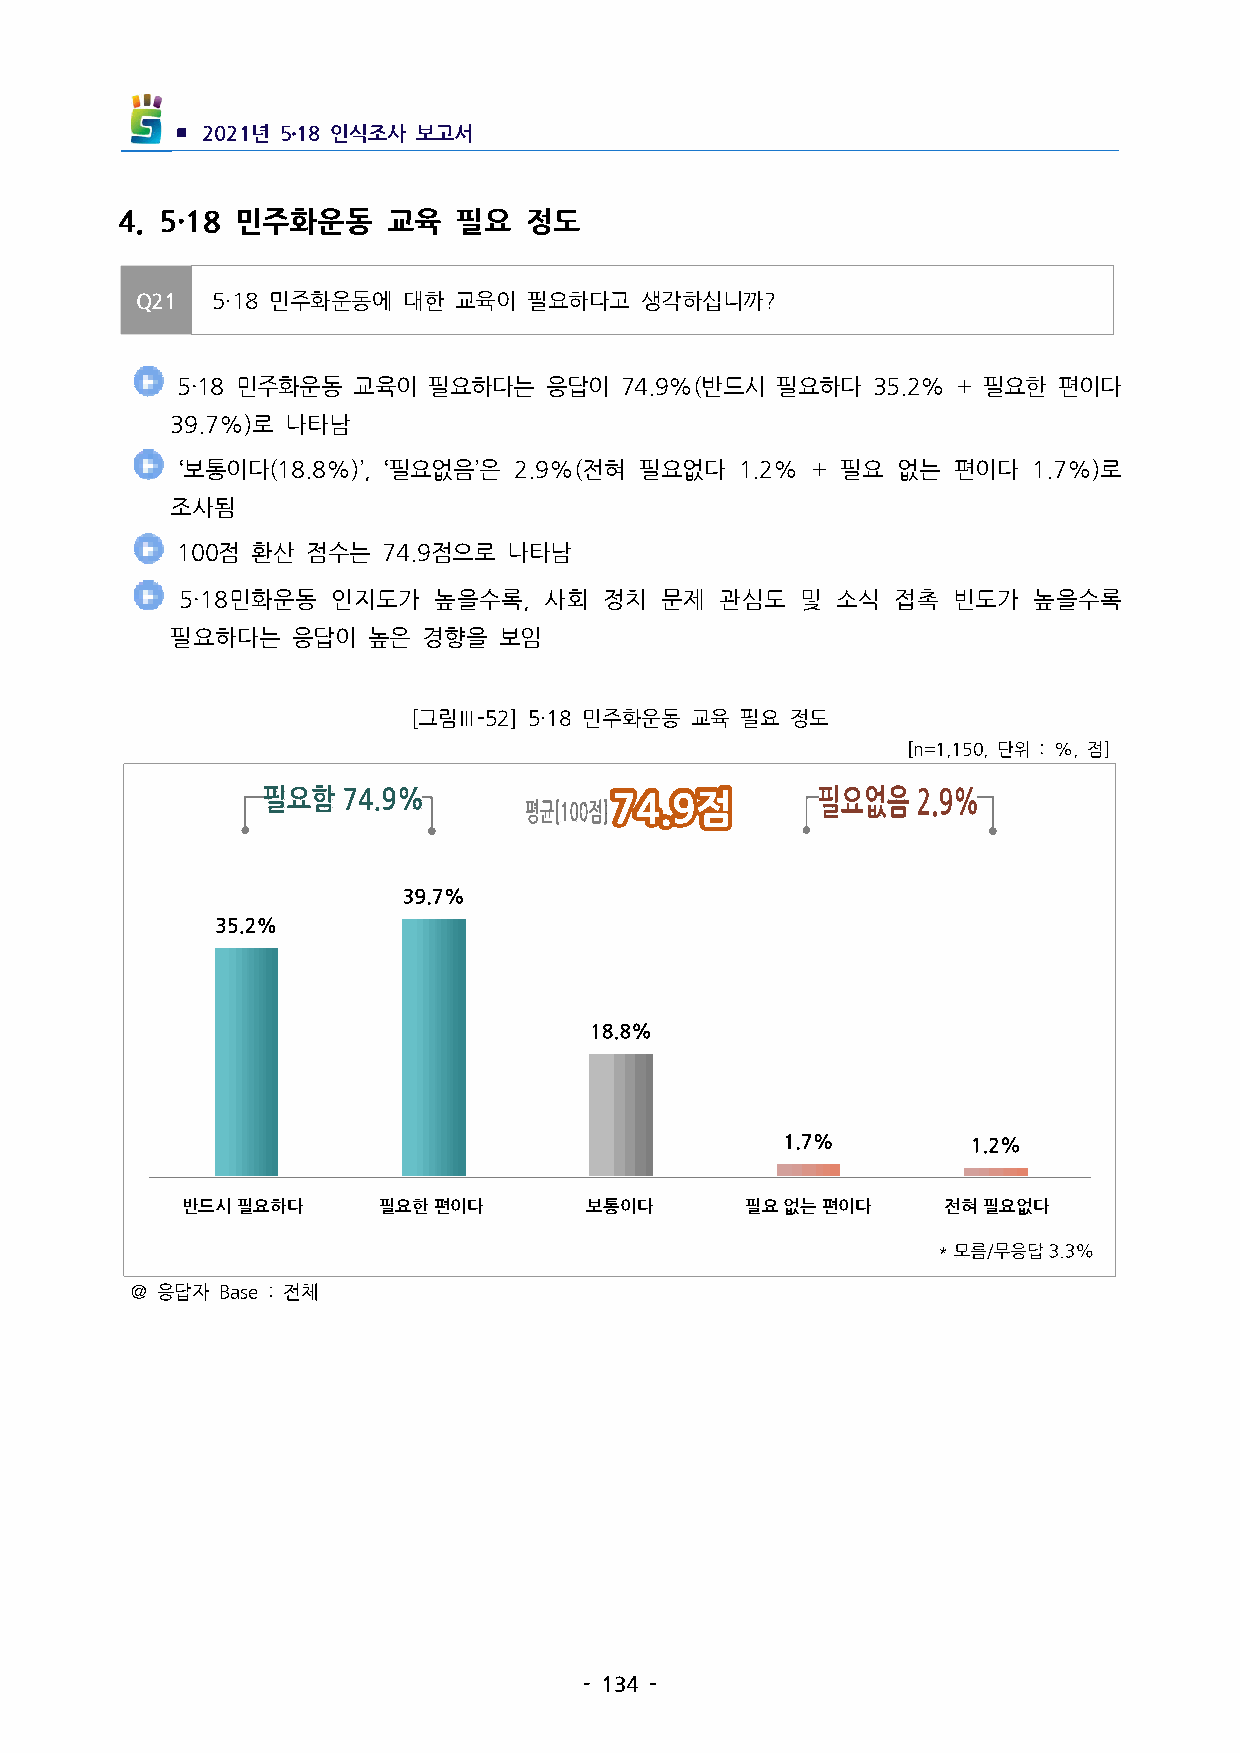
▪ 2021년 5․18인식조사 보고서
 4. 5·18 민주화운동   교육  필요   정도
 Q21  5·18민주화운동에  대한 교육이  필요하다고  생각하십니까?
 5·18민주화운동 교육이  필요하다는   응답이  74.9%(반드시 필요하다   35.2%+필요한 편이다
 39.7%)로 나타남
  ‘보통이다(18.8%)’, ‘필요없음’은 2.9%(전혀 필요없다 1.2% + 필요 없는 편이다 1.7%)로
 조사됨
 100점 환산 점수는  74.9점으로  나타남
  5·18민화운동 인지도가   높을수록, 사회  정치  문제  관심도  및 소식  접촉  빈도가  높을수록
 필요하다는   응답이  높은  경향을  보임
 [그림Ⅲ-52] 5·18민주화운동 교육 필요 정도
 [n=1,150,단위 :%,점]
 반드시필요하다      필요한편이다        보통이다      필요없는편이다       전혀필요없다
 ＠응답자 Base:전체
 -134-